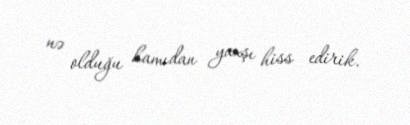
nə olduğu hamıdan yaxşı hiss edirik.